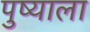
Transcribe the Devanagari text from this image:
पुष्याला